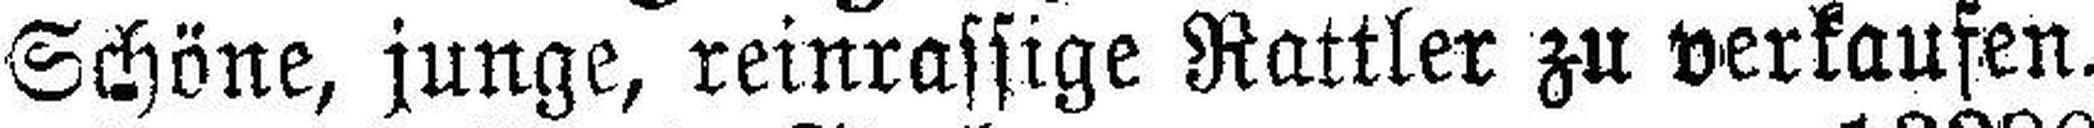
Schöne, junge, reinrassige Rattler zu verkaufen.